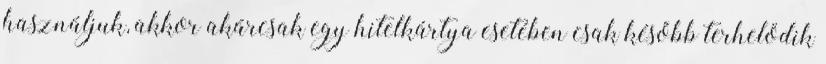
használjuk, akkor akárcsak egy hitelkártya esetében csak később terhelődik